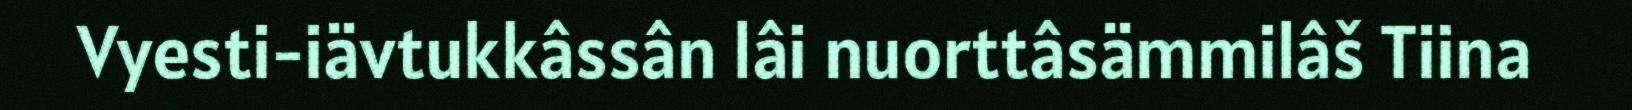
Vyesti-iävtukkâssân lâi nuorttâsämmilâš Tiina